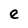
Character: e